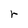
Character: r